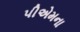
પીએમના